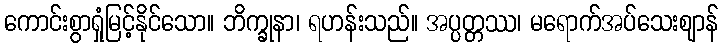
ကောင်းစွာရှုံမြင့်နိုင်သော။ ဘိက္ခုနာ၊ ရဟန်းသည်။ အပ္ပတ္တဿ၊ မရောက်အပ်သေးဈာန်